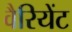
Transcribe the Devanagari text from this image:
वैरियेंट